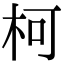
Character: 柯